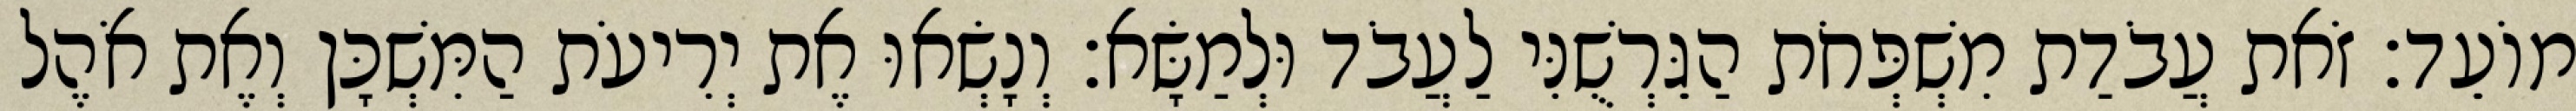
מוֹעֵד׃ זֹאת עֲבֹדַת מִשְׁפְּחֹת הַגֵּרְשֻׁנִּי לַעֲבֹד וּלְמַשָּׂא׃ וְנָשְׂאוּ אֶת יְרִיעֹת הַמִּשְׁכָּן וְאֶת אֹהֶל